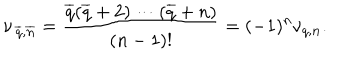
\nu _ { \, \overline { { q } } , \overline { { { \bf n } } } } = { \frac { \overline { { q } } ( \overline { { q } } + 2 ) \cdots ( \overline { { q } } + n ) } { ( n - 1 ) ! } } = ( - 1 ) ^ { n } \nu _ { q , { \bf n } } .